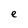
Character: e